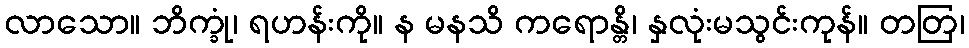
လာသော။ ဘိက္ခုံ၊ ရဟန်းကို။ န မနသိ ကရောန္တိ၊ နှလုံးမသွင်းကုန်။ တတြ၊